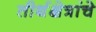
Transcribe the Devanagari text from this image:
तीर्थक्षेत्रांचे